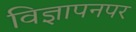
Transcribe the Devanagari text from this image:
विज्ञापनपर